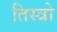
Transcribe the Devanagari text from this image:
तिस्त्रो